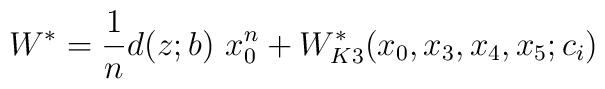
W^{\ast}=\frac{1}{n} d(z;b)~ x_{0}^n + W_{K3}^{\ast}(x_0,x_3,x_4,x_5;c_i)